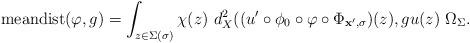
LaTeX: \begin{align*}{\rm meandist}(\varphi,g)= \int_{z \in \Sigma(\sigma)}\chi(z)\,\, d_X^2((u'\circ \phi_0 \circ \varphi\circ \Phi_{{\bf x}',\sigma})(z),gu(z)\,\, \Omega_{\Sigma}.\end{align*}